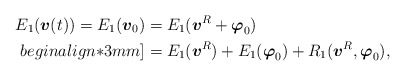
\begin{align*}E_{1}(\mbox{\mathversion{bold}$v$}(t))=E_{1}(\mbox{\mathversion{bold}$v$}_{0})&=E_{1}(\mbox{\mathversion{bold}$v$}^{R}+\mbox{\mathversion{bold}$\varphi$}_{0})\\begin{align*}3mm]&=E_{1}(\mbox{\mathversion{bold}$v$}^{R}) + E_{1}(\mbox{\mathversion{bold}$\varphi$}_{0})+R_{1}(\mbox{\mathversion{bold}$v$}^{R},\mbox{\mathversion{bold}$\varphi$}_{0}),\end{align*}